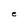
Character: e